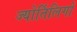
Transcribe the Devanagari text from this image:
ज्योर्तिलिगों